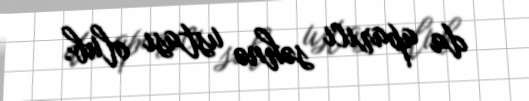
da aparıcı səhnə ustası olub.